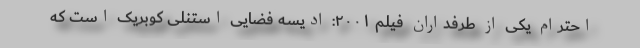
احترام یکی از طرفداران فیلم ۲۰۰۱: ادیسه فضاییِ استنلی کوبریک است که